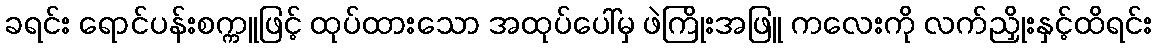
ခရင်း ရောင်ပန်းစက္ကူဖြင့် ထုပ်ထားသော အထုပ်ပေါ်မှ ဖဲကြိုးအဖြူ ကလေးကို လက်ညှိုးနှင့်ထိရင်း